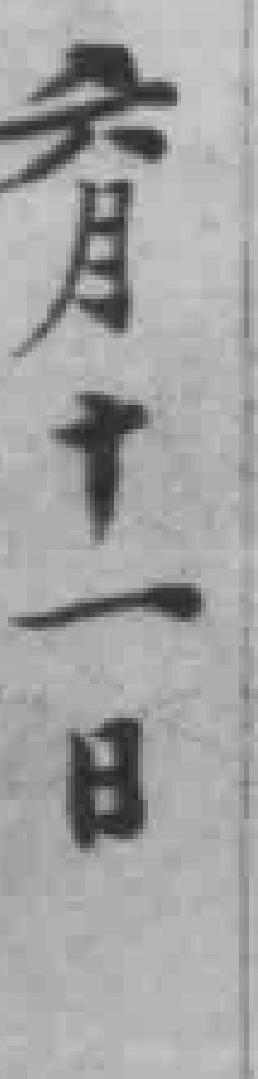
六月十一日